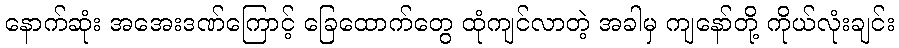
နောက်ဆုံး အအေးဒဏ်ကြောင့် ခြေထောက်တွေ ထုံကျင်လာတဲ့ အခါမှ ကျနော်တို့ ကိုယ်လုံးချင်း